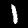
Digit: 1